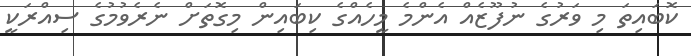
ކޮބައިތަ މި ވަރުގެ ނުފޫޒެއް އެންމެ މީހެއްގެ ކިބައިން މިގޮތަށް ނެރެވުމުގެ ސިއްރަކީ